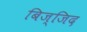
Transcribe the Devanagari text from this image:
बिज्जिद